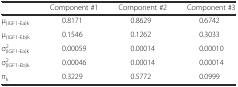
|  | Component #1 | Component #2 | Component #3 |
 | --- | --- | --- | --- |
 | μ(IGF1-Ea)k | 0.8171 | 0.8629 | 0.6742 |
 | μ(IGF1-Eb)k | 0.1546 | 0.1262 | 0.3033 |
 | σ2(IGF1-Ea)k | 0.00059 | 0.00014 | 0.00010 |
 | σ2(IGF1-Eb)k | 0.00046 | 0.00014 | 0.00014 |
 | πk | 0.3229 | 0.5772 | 0.0999 |